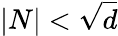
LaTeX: \left\vert N\right\vert<{\sqrt{d}}